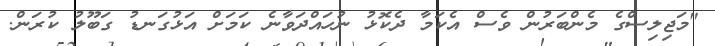
"މަޖިލިސްގެ މެންބަރުން ވެސް އެކަމާ ދެކޮޅު ނުހައްދަވާނެ ކަމަށް އަޅުގަނޑު ގަބޫލު ކުރަން.